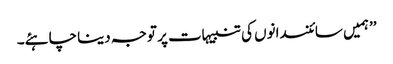
’’ہمیں سائنسدانوں کی تنبیہات پر توجہ دینا چاہئے۔